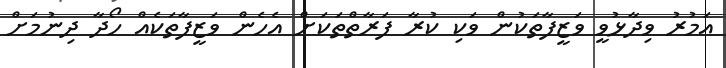
އަމުރު ވިދާޅުވީ ވަޒީފާތަކުން ވަކި ކުރާ ފަރާތްތަކަށް އެހެން ވަޒީފާތަކެއް ހޯދާ ދިނުމަށް